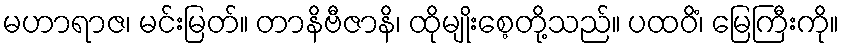
မဟာရာဇ၊ မင်းမြတ်။ တာနိဗီဇာနိ၊ ထိုမျိုးစေ့တို့သည်။ ပထဝိံ၊ မြေကြီးကို။